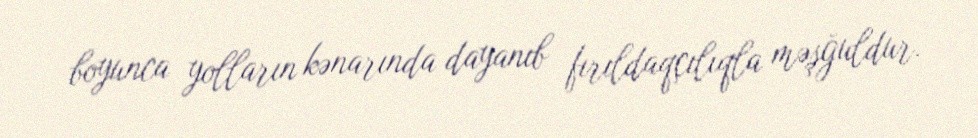
boyunca yolların kənarında dayanıb fırıldaqçılıqla məşğuldur.